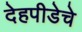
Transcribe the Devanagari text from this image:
देहपीडेचे